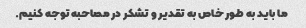
ما باید به طور خاص به تقدیر و تشکر در مصاحبه توجه کنیم.